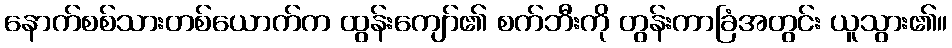
နောက်စစ်သားတစ်ယောက်က ထွန်းကျော်၏ စက်ဘီးကို တွန်းကာခြံအတွင်း ယူသွား၏။